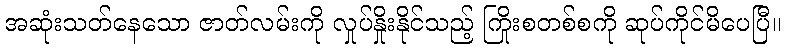
အဆုံးသတ်နေသော ဇာတ်လမ်းကို လှုပ်နှိုးနိုင်သည့် ကြိုးစတစ်စကို ဆုပ်ကိုင်မိပေပြီ။